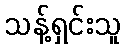
သန့်ရှင်းသူ